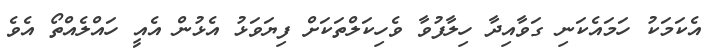
އެކަމަކު ހަމައެކަނި ގަވާއިދާ ހިލާފުވާ ވެހިކަލްތަކަށް ފިޔަވަޅު އެޅުން އެއީ ހައްލެއްތޯ އެވެ